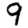
Digit: 9